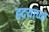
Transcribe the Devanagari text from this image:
ह्दयाच्या